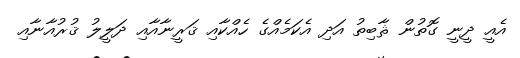
އެއީ ދީނީ ގޮތުން ޘާބިތު އަދި އެކަމެއްގެ ހެއްކާއި ޤަރީނާއާއި ދަލީލު ޤުރުއާނާއި